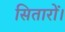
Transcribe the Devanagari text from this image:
सितारों।